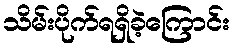
သိမ်းပိုက်ရရှိခဲ့ကြောင်း